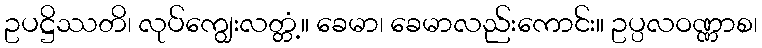
ဥပဋ္ဌိဿတိ၊ လုပ်ကျွေးလတ္တံ့။ ခေမာ၊ ခေမာလည်းကောင်း။ ဥပ္ပလဝဏ္ဏာစ၊